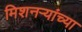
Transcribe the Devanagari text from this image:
मिशनर्‍यांच्या